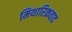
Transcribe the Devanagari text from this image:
मिथारिकवाद